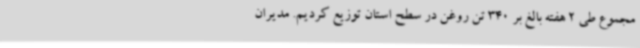
مجموع طی 2 هفته بالغ بر 340 تن روغن در سطح استان توزیع کردیم. مدیران